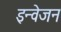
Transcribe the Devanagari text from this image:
इन्वेजन